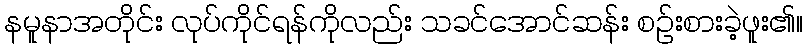
နမူနာအတိုင်း လုပ်ကိုင်ရန်ကိုလည်း သခင်အောင်ဆန်း စဉ်းစားခဲ့ဖူး၏။